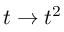
t \to t ^ { 2 }